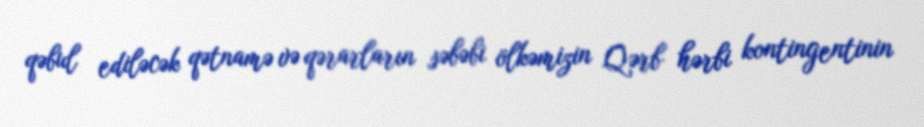
qəbul ediləcək qətnamə və qərarların səbəbi ölkəmizin Qərb hərbi kontingentinin